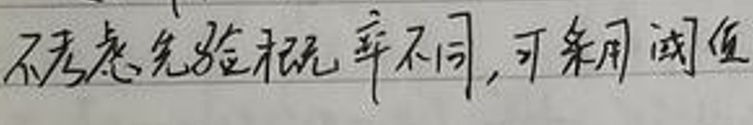
不同患者先验概率不同,可采用阈值